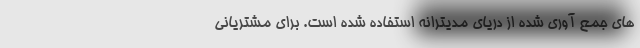
های جمع آوری شده از دریای مدیترانه استفاده شده است. برای مشتریانی